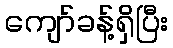
ကျော်ခန့်ရှိပြီး